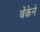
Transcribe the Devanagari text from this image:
बेंकेने